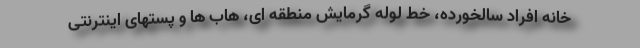
خانه افراد سالخورده، خط لوله گرمایش منطقه ای، هاب ها و پستهای اینترنتی